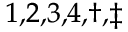
^ { 1 , 2 , 3 , 4 , \dagger , \ddagger }